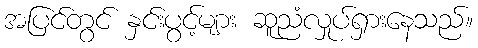
အပြင်တွင် နှင်းပွင့်များ ဆူညံလှုပ်ရှားနေသည်။